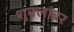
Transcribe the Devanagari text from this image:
शुक्लांबर